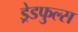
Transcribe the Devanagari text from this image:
ड्रेडफुल्स